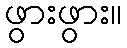
ဖွားဖွား။